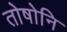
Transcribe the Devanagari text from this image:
तोषोनि